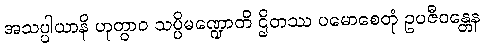
အသပ္ပါယာနိ ဟုတွာဝ သပ္ပိမဏ္ဍောတိ ဌိတဿ ပမောစေတုံ ဥပဇီဝန္တေန